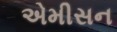
એમીસન